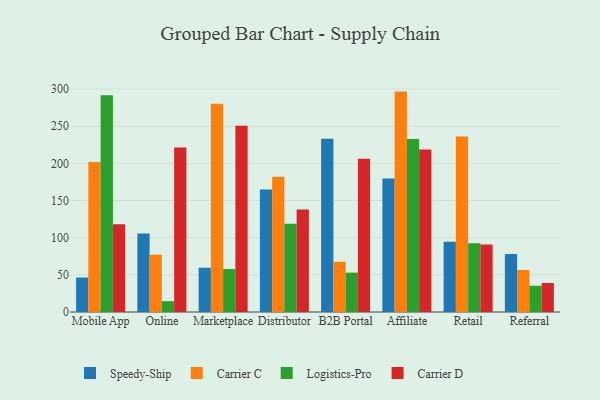
{"axis": {"x": "Channel", "y": "Active Users"}, "legend": ["Carrier C", "Carrier D", "Logistics-Pro", "Speedy-Ship"], "data": [{"x": "Mobile App", "y": 46.4, "type": "Speedy-Ship"}, {"x": "Mobile App", "y": 201.9, "type": "Carrier C"}, {"x": "Mobile App", "y": 291.6, "type": "Logistics-Pro"}, {"x": "Mobile App", "y": 118.0, "type": "Carrier D"}, {"x": "Online", "y": 105.7, "type": "Speedy-Ship"}, {"x": "Online", "y": 77.1, "type": "Carrier C"}, {"x": "Online", "y": 14.6, "type": "Logistics-Pro"}, {"x": "Online", "y": 221.5, "type": "Carrier D"}, {"x": "Marketplace", "y": 59.6, "type": "Speedy-Ship"}, {"x": "Marketplace", "y": 280.3, "type": "Carrier C"}, {"x": "Marketplace", "y": 57.8, "type": "Logistics-Pro"}, {"x": "Marketplace", "y": 250.5, "type": "Carrier D"}, {"x": "Distributor", "y": 164.8, "type": "Speedy-Ship"}, {"x": "Distributor", "y": 181.9, "type": "Carrier C"}, {"x": "Distributor", "y": 118.8, "type": "Logistics-Pro"}, {"x": "Distributor", "y": 138.1, "type": "Carrier D"}, {"x": "B2B Portal", "y": 233.1, "type": "Speedy-Ship"}, {"x": "B2B Portal", "y": 67.6, "type": "Carrier C"}, {"x": "B2B Portal", "y": 53.0, "type": "Logistics-Pro"}, {"x": "B2B Portal", "y": 206.3, "type": "Carrier D"}, {"x": "Affiliate", "y": 179.5, "type": "Speedy-Ship"}, {"x": "Affiliate", "y": 296.6, "type": "Carrier C"}, {"x": "Affiliate", "y": 232.7, "type": "Logistics-Pro"}, {"x": "Affiliate", "y": 218.6, "type": "Carrier D"}, {"x": "Retail", "y": 94.5, "type": "Speedy-Ship"}, {"x": "Retail", "y": 236.1, "type": "Carrier C"}, {"x": "Retail", "y": 92.4, "type": "Logistics-Pro"}, {"x": "Retail", "y": 90.7, "type": "Carrier D"}, {"x": "Referral", "y": 78.0, "type": "Speedy-Ship"}, {"x": "Referral", "y": 56.5, "type": "Carrier C"}, {"x": "Referral", "y": 35.4, "type": "Logistics-Pro"}, {"x": "Referral", "y": 39.0, "type": "Carrier D"}]}